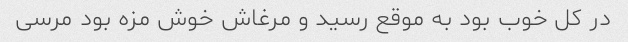
در کل خوب بود به موقع رسید و مرغاش خوش مزه بود مرسی